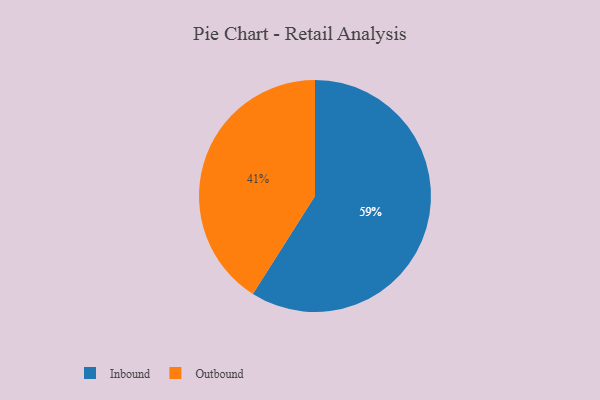
{"axis": {"x": "Category", "y": "Percentage"}, "legend": ["Inbound", "Outbound"], "data": [{"x": "Outbound", "y": 41, "type": "Outbound"}, {"x": "Inbound", "y": 59, "type": "Inbound"}]}